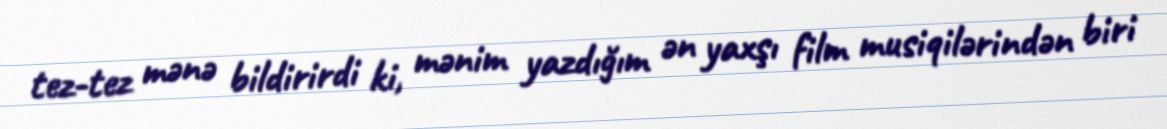
tez-tez mənə bildirirdi ki, mənim yazdığım ən yaxşı film musiqilərindən biri